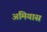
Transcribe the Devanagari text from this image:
अमियास